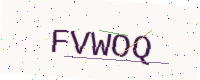
Text: FVWOQ